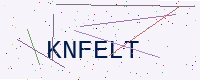
Text: KNFELT